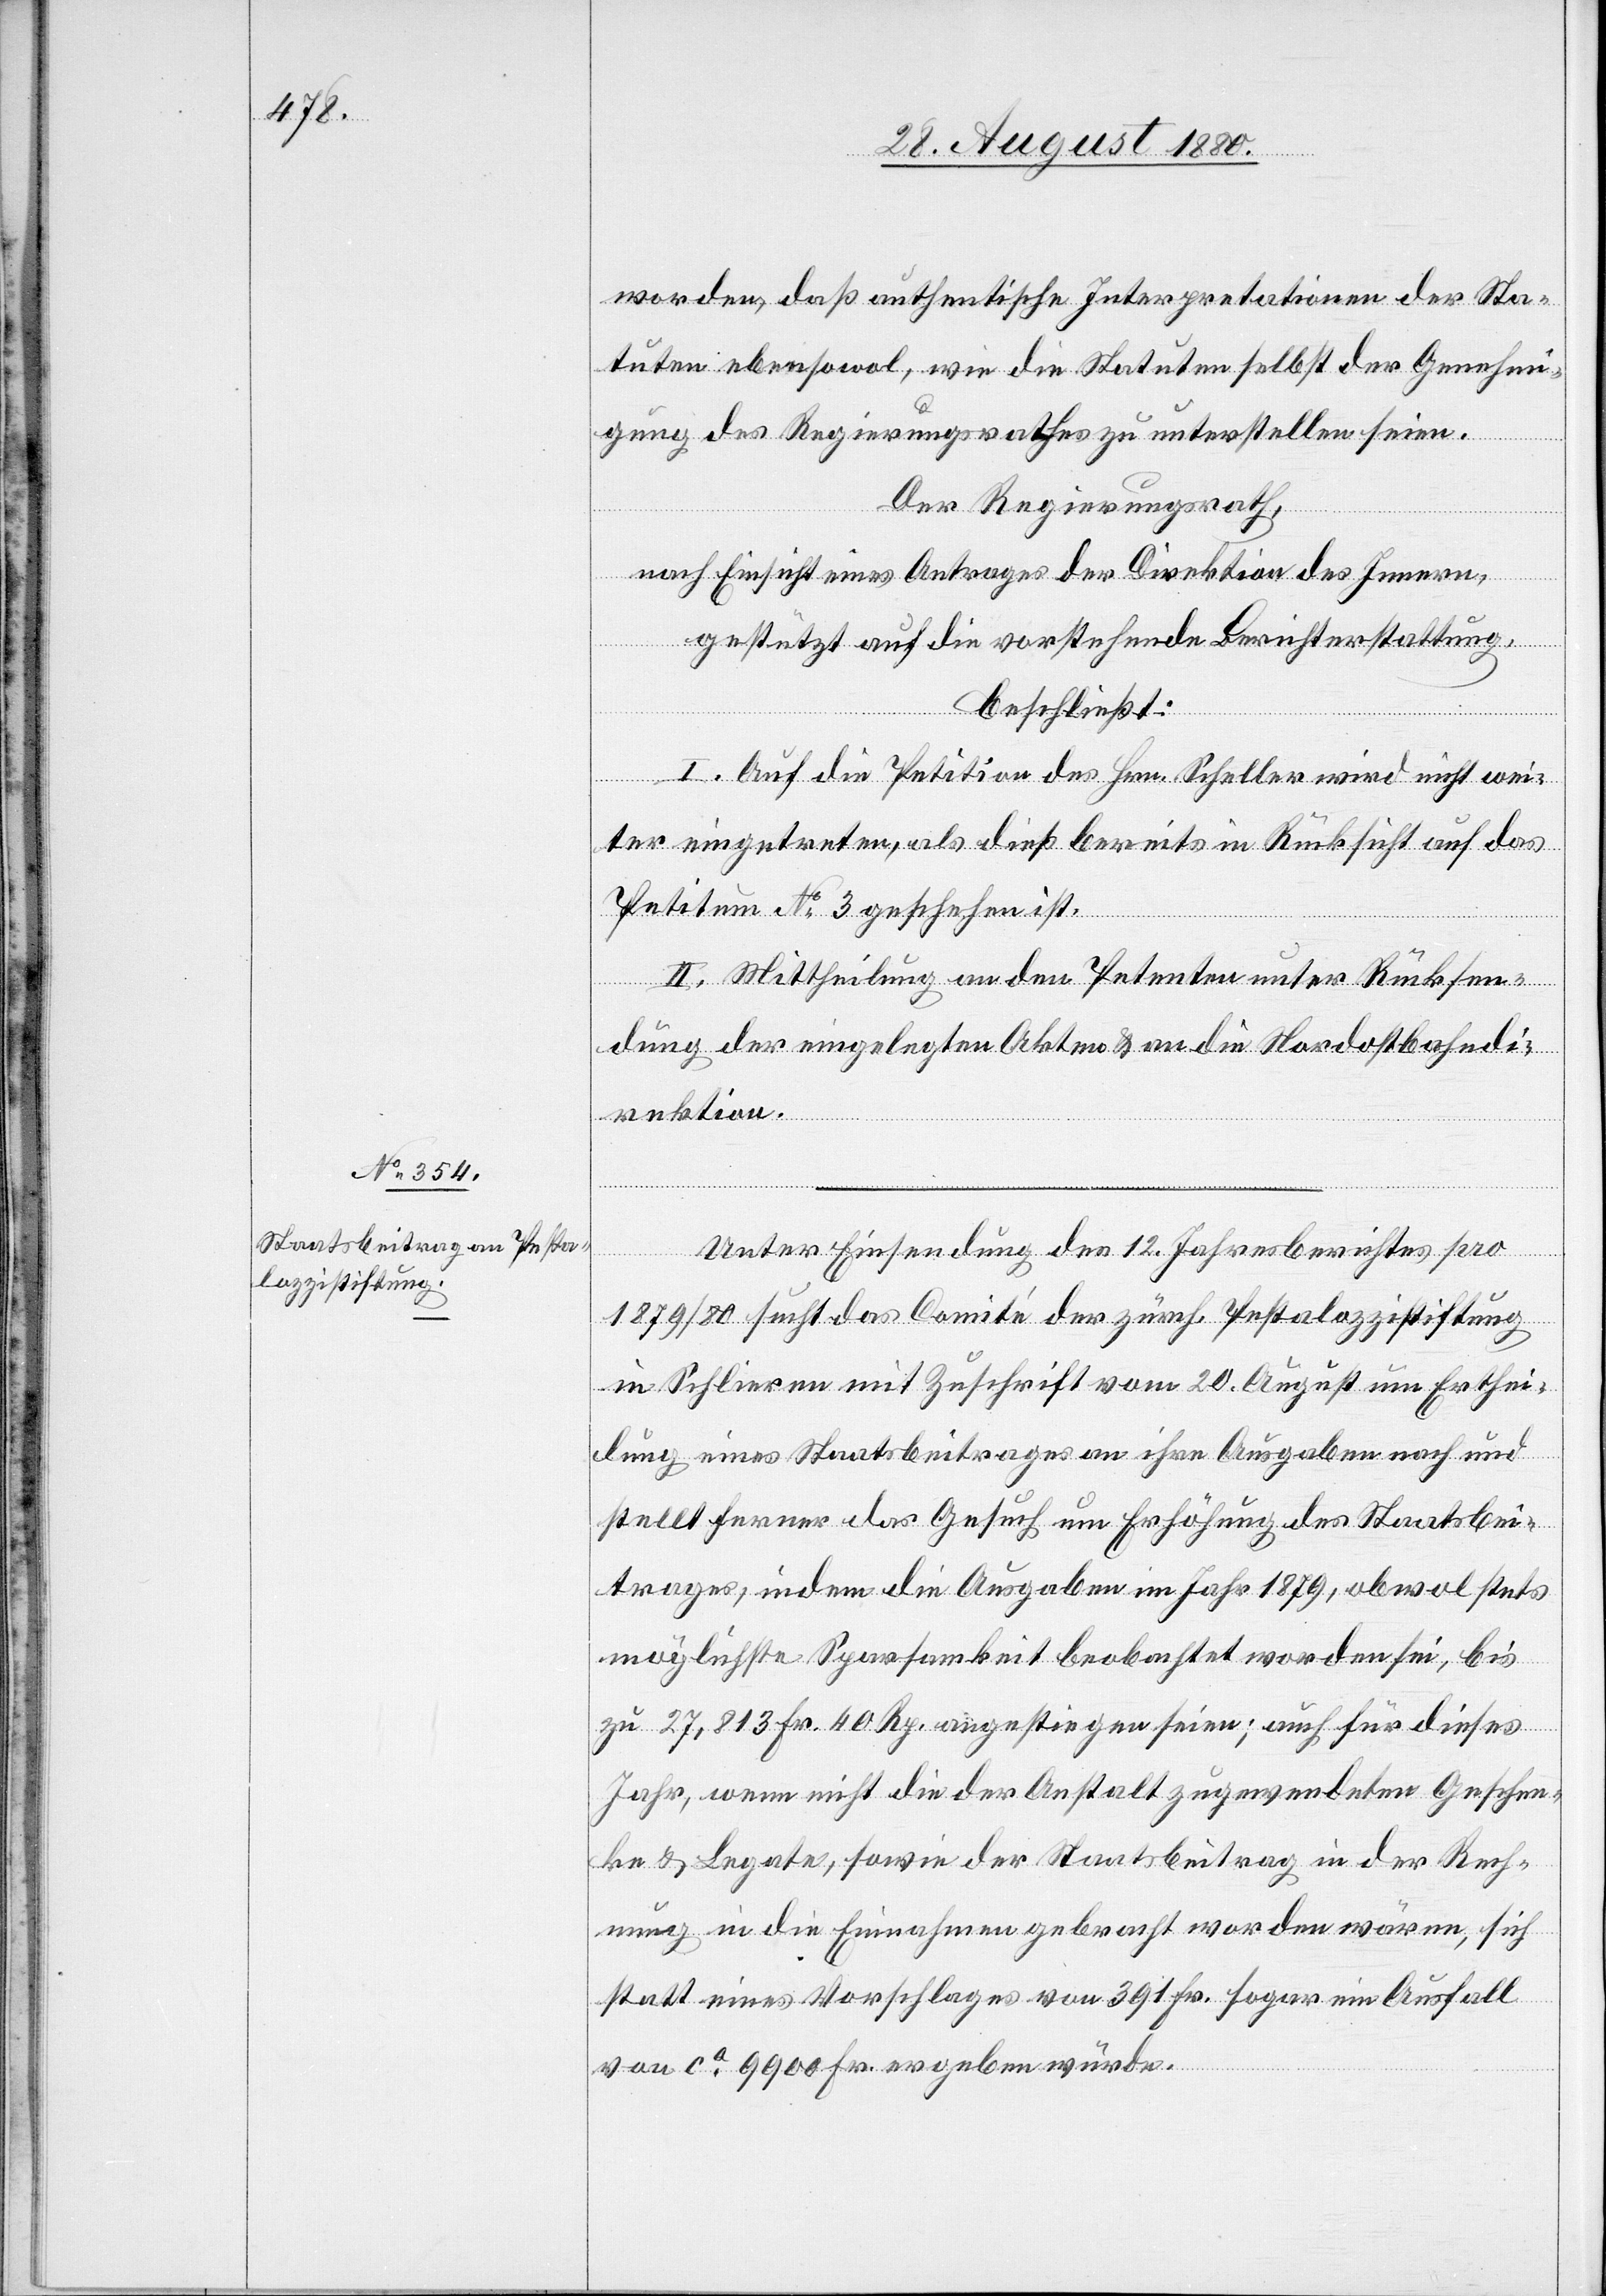
worden, daß authentische Interpretationen der Sta¬
tuten ebensowol, wie die Statuten selbst der Genehmi¬
gung des Regierungsrathes zu unterstellen seien.
Der Regierungsrath,
nach Einsicht eines Antrages der Direktion des Innern,
gestützt auf die vorstehende Berichterstattung,
beschließt:
I. Auf die Petition des Hrn. Scheller wird nicht wei¬
ter eingetreten, als dieß bereits in Rücksicht auf das
Petitum No 3 geschehen ist.
II. Mittheilung an den Petenten unter Rücksen¬
dung der eingelegten Akten & an die Nordostbahndi¬
rektion.
Unter Einsendung des 12. Jahresberichtes pro
1879/80 sucht das Comité der zürch. Pestalozzistiftung
in Schlieren mit Zuschrift vom 20. August um Erthei¬
lung eines Staatsbeitrages an ihre Ausgaben nach und
stellt ferner das Gesuch um Erhöhung des Staatbei¬
trages, indem die Ausgaben im Jahr 1879, obwol stets
möglichste Sparsamkeit beobachtet worden sei, bis
zu 27,813 Fr. 40 Rp. angestiegen seien; auch für dieses
Jahr, wenn nicht die der Anstalt zugewendeten Geschen¬
ke & Legate, sowie der Staatsbeitrag in der Rech¬
nung in die Einnahmen gebracht worden wären, sich
statt eines Vorschlages von 391 Fr. sogar ein Ausfall
von ca 9900 Fr. ergeben würde.